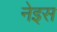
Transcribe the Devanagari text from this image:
नेइस